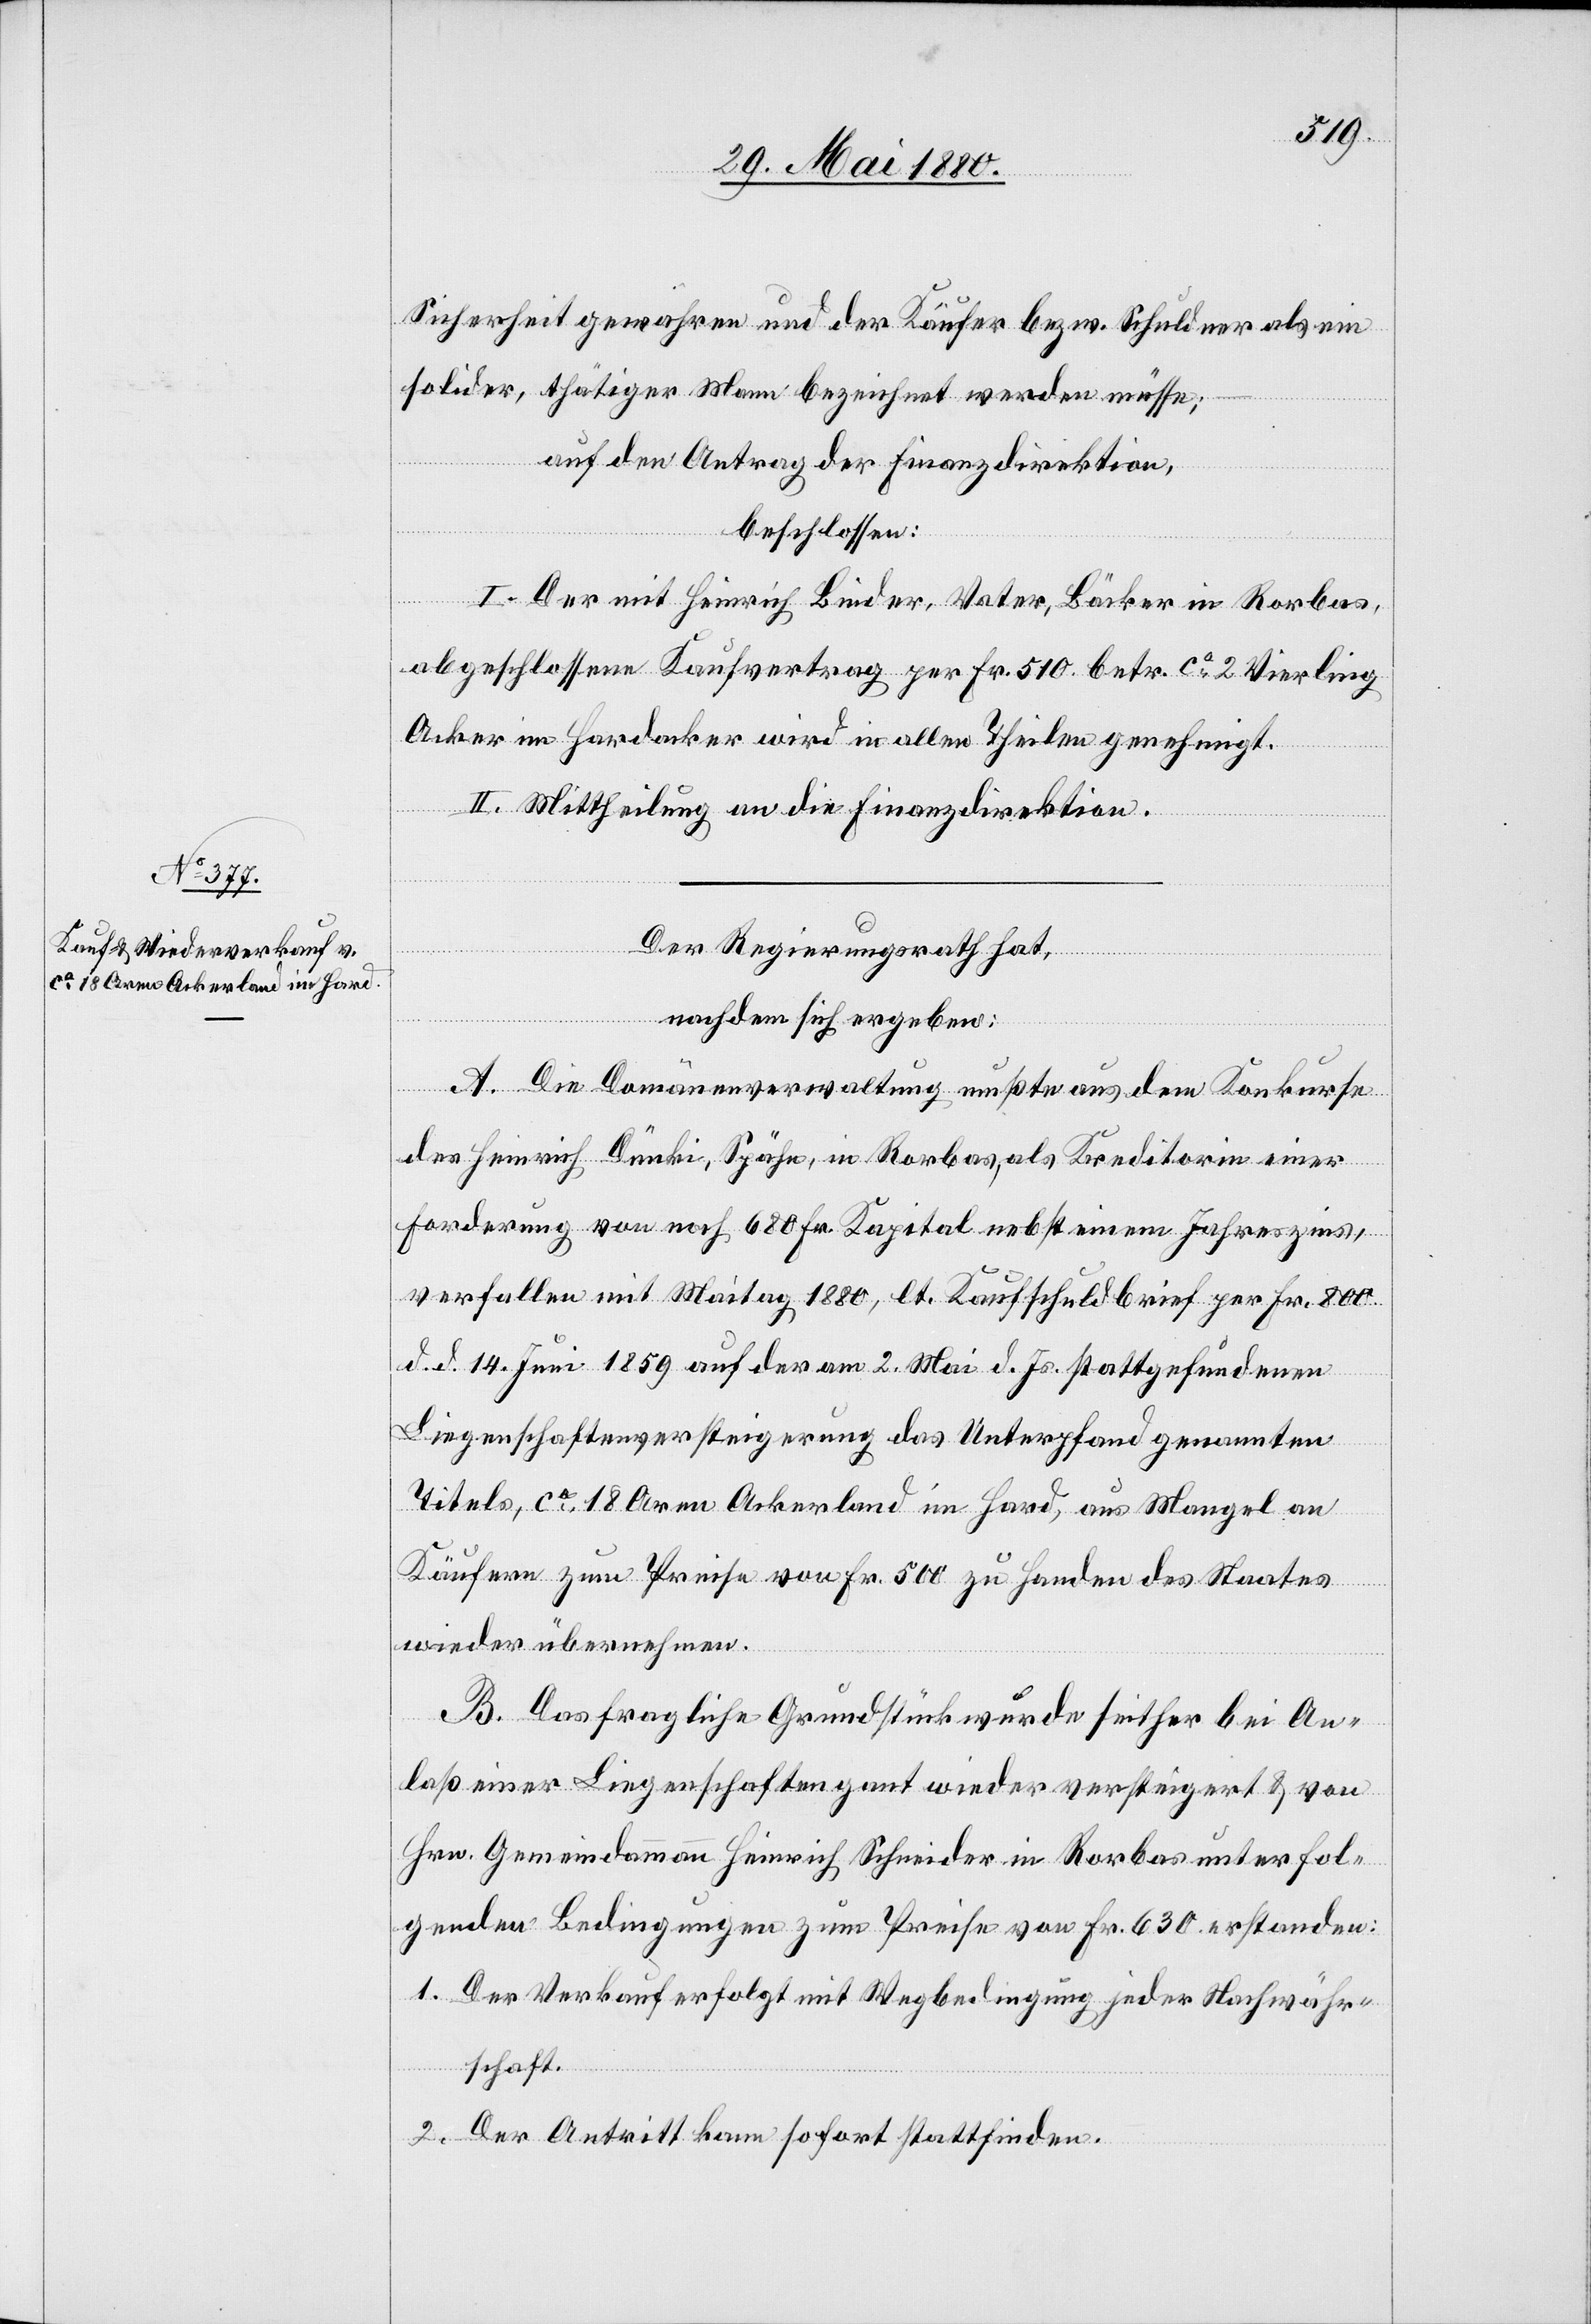
Sicherheit gewähren und der Käufer bezw. Schuldner als ein
solider, thätiger Mann bezeichnet werden müsse;
auf den Antrag der Finanzdirektion,
beschlossen:
I. Der mit Heinrich Binder, Vater, Bäcker in Rorbas,
abgeschlossene Kaufvertrag per Fr. 510 betr. ca 2 Vierling
Acker im Hardacker wird in allen Theilen genehmigt.
II. Mittheilung an die Finanzdirektion.
Der Regierungsrath hat,
nachdem sich ergeben:
A. Die Domänenverwaltung mußte aus dem Konkurse
des Heinrich Dünki, Spähn, in Rorbas, als Kreditorin einer
Forderung von noch 680 Fr. Kapital nebst einem Jahreszins,
verfallen mit Maitag 1880, lt. Kaufschuldbrief per Fr. 800
d. d. 14. Juni 1859 auf der am 2. Mai d. Js. stattgefundenen
Liegenschaftenversteigerung das Unterpfand genannten
Titels, ca 18 Aren Ackerland im Hard, aus Mangel an
Käufern zum Preise von Fr. 500 zu Handen des Staates
wieder übernehmen.
B. Das fragliche Grundstück wurde seither bei An¬
laß einer Liegenschaftengant wieder versteigert & von
Hrn. Gemeindammann Heinrich Schneider in Rorbas unter fol¬
genden Bedingungen zum Preise von Fr. 630 erstanden:
1. Der Verkauf erfolgt mit Wegbedingung jeder Nachwähr¬
schaft.
2. Der Antritt kann sofort stattfinden.